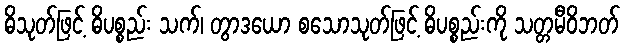
ဓိသုတ်ဖြင့် ဓိပစ္စည်း သက်၊ တွာဒယော စသောသုတ်ဖြင့် ဓိပစ္စည်းကို သတ္တမီဝိဘတ်